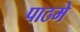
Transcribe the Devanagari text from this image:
पाठमे